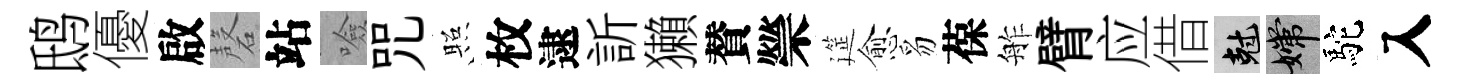
鸱優啟磬站噞咒照枚逮訢獺賛禜筵愈豸葆舴臂应借剋嫦駝入